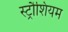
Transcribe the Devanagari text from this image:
स्ट्रौशियम